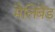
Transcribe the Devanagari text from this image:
मैलिबैंड